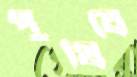
পুষিবে